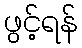
ဖွင့်ရန်